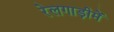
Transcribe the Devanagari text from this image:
रेलगाड़ीमें